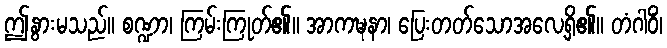
ဤနွားမသည်။ စဏ္ဍာ၊ ကြမ်းကြုတ်၏။ အာကဍ္ဎနာ၊ ပြေးတတ်သောအလေ့ရှိ၏။ တံဂါဝိံ၊